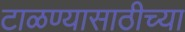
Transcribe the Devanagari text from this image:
टाळण्यासाठीच्या